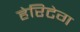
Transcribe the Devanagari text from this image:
हेरिटेग